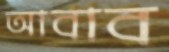
আবাব